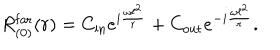
R _ { ( 0 ) } ^ { \mathrm { f a r } } ( r ) = C _ { \mathrm { i n } } e ^ { i \frac { \omega \ell ^ { 2 } } { r } } + C _ { \mathrm { o u t } } e ^ { - i \frac { \omega \ell ^ { 2 } } { r } } .